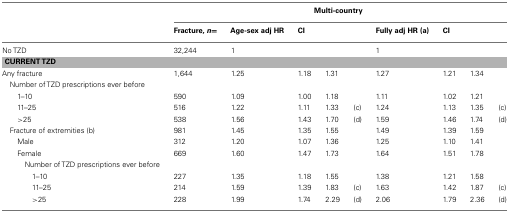
|  | <COLSPAN=9> Multi-country |
 |  | Fracture, n= | Age-sex adj HR | CI |  |  | Fully adj HR (a) | CI |  |  |
 | --- | --- | --- | --- | --- | --- | --- | --- | --- | --- |
 | No TZD | 32,244 | 1 |  |  |  | 1 |  |  |  |
 | <COLSPAN=10> CURRENT TZD |
 | Any fracture | 1,644 | 1.25 | 1.18 | 1.31 |  | 1.27 | 1.21 | 1.34 |  |
 | Number of TZD prescriptions ever before |
 | 1–10 | 590 | 1.09 | 1.00 | 1.18 |  | 1.11 | 1.02 | 1.21 |  |
 | 11–25 | 516 | 1.22 | 1.11 | 1.33 | (c) | 1.24 | 1.13 | 1.35 | (c) |
 | >25 | 538 | 1.56 | 1.43 | 1.70 | (d) | 1.59 | 1.46 | 1.74 | (d) |
 | Fracture of extremities (b) | 981 | 1.45 | 1.35 | 1.55 |  | 1.49 | 1.39 | 1.59 |  |
 | Male | 312 | 1.20 | 1.07 | 1.36 |  | 1.25 | 1.10 | 1.41 |  |
 | Female | 669 | 1.60 | 1.47 | 1.73 |  | 1.64 | 1.51 | 1.78 |  |
 | Number of TZD prescriptions ever before |
 | 1–10 | 227 | 1.35 | 1.18 | 1.55 |  | 1.38 | 1.21 | 1.58 |  |
 | 11–25 | 214 | 1.59 | 1.39 | 1.83 | (c) | 1.63 | 1.42 | 1.87 | (c) |
 | >25 | 228 | 1.99 | 1.74 | 2.29 | (d) | 2.06 | 1.79 | 2.36 | (d) |